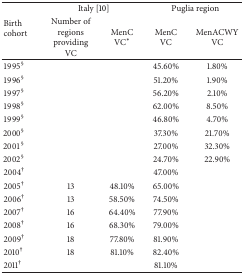
<table><thead><tr><td rowspan="2"><b>Birth cohort</b></td><td colspan="2"><b>Italy [10]</b></td><td colspan="2"><b>Puglia region</b></td></tr><tr><td><b>Number of regions providing VC </b></td><td><b>MenC VC<sup>∗</sup></b></td><td><b>MenC VC</b></td><td><b>MenACWY VC</b></td></tr></thead><tbody><tr><td>1995<sup>§</sup></td><td> </td><td> </td><td>45.60%</td><td>1.80%</td></tr><tr><td>1996<sup>§</sup></td><td> </td><td> </td><td>51.20%</td><td>1.90%</td></tr><tr><td>1997<sup>§</sup></td><td> </td><td> </td><td>56.20%</td><td>2.10%</td></tr><tr><td>1998<sup>§</sup></td><td> </td><td> </td><td>62.00%</td><td>8.50%</td></tr><tr><td>1999<sup>§</sup></td><td> </td><td> </td><td>46.80%</td><td>4.70%</td></tr><tr><td>2000<sup>§</sup></td><td> </td><td> </td><td>37.30%</td><td>21.70%</td></tr><tr><td>2001<sup>§</sup></td><td> </td><td> </td><td>27.00%</td><td>32.30%</td></tr><tr><td>2002<sup>§</sup></td><td> </td><td> </td><td>24.70%</td><td>22.90%</td></tr><tr><td>2004<sup>†</sup></td><td> </td><td> </td><td>47.00%</td><td> </td></tr><tr><td>2005<sup>†</sup></td><td>13</td><td>48.10%</td><td>65.00%</td><td> </td></tr><tr><td>2006<sup>†</sup></td><td>13</td><td>58.50%</td><td>74.50%</td><td> </td></tr><tr><td>2007<sup>†</sup></td><td>16</td><td>64.40%</td><td>77.90%</td><td> </td></tr><tr><td>2008<sup>†</sup></td><td>16</td><td>68.30%</td><td>79.00%</td><td> </td></tr><tr><td>2009<sup>†</sup></td><td>18</td><td>77.80%</td><td>81.90%</td><td> </td></tr><tr><td>2010<sup>†</sup></td><td>18</td><td>81.10%</td><td>82.40%</td><td> </td></tr><tr><td>2011<sup>†</sup></td><td> </td><td> </td><td>81.10%</td><td> </td></tr></tbody></table>